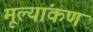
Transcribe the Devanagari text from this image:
मूल्यांकण